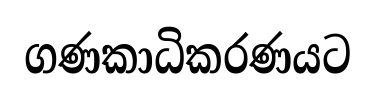
ගණකාධිකරණයට